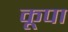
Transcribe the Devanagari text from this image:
कूपा